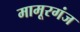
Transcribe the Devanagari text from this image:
मामूरगंज